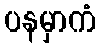
ပနမှာကံ